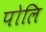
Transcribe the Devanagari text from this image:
पोलि